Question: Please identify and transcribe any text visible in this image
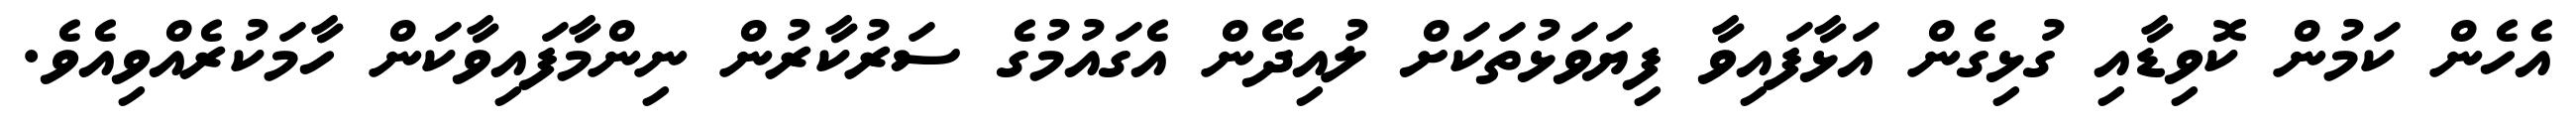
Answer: އެހެން ކަމުން ކޮވިޑާއި ގުޅިގެން އަޅާފައިވާ ފިޔަވަޅުތަކަށް ލުއިދޭން އެގައުމުގެ ސަރުކާރުން ނިންމާފައިވާކަން ހާމަކުރެއްވިއެވެ.